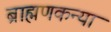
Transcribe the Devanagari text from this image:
ब्राह्मणकन्या